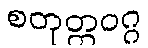
စတုတ္ထဝဂ္ဂ